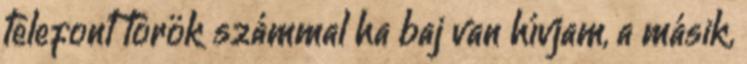
telefont török számmal ha baj van hívjam, a másik,